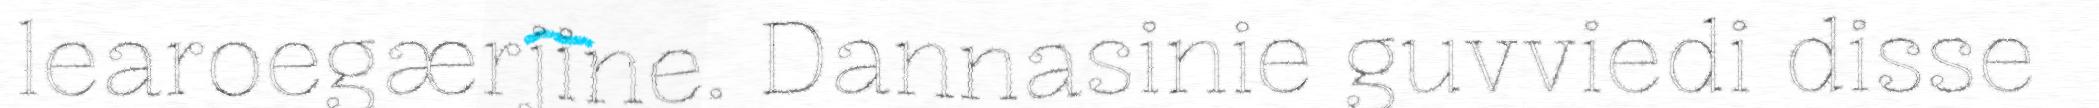
learoegærjine. Dannasinie guvviedi disse